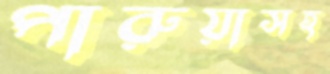
পারুয়াসহ